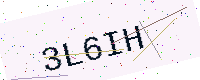
Text: 3L6IH